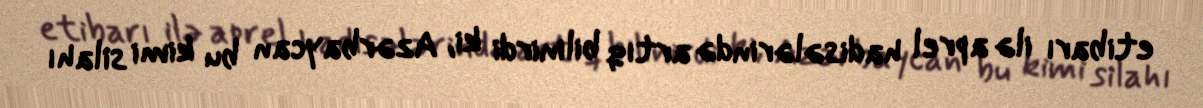
etibarı ilə aprel hadisələrində artıq bilinirdi ki, Azərbaycan bu kimi silahı